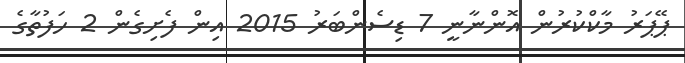
ޕޭޕަރު މާކްކުރުން އޮންނާނީ 7 ޑިސެންބަރު 2015 އިން ފެށިގެން 2 ހަފުތާގެ